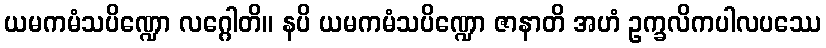
ယမကမံသပိဏ္ဍော လဂ္ဂေါတိ။ နပိ ယမကမံသပိဏ္ဍော ဇာနာတိ အဟံ ဥက္ခလိကပါလပဿေ